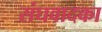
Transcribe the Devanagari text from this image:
संघवादका